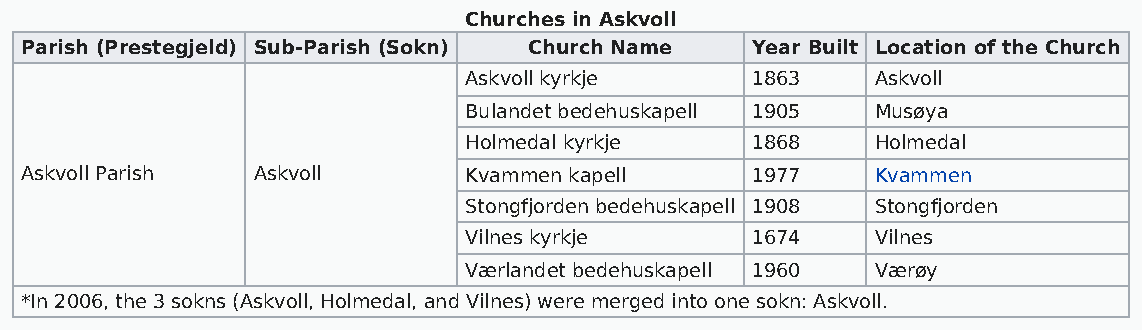
Churches in Askvoll
 Parish (Prestegjeld) Sub-Parish (Sokn) Church Name Year Built Location of the Church
 Askvoll kyrkje     1863    Askvoll
 Bulandet bedehuskapell 1905 Musøya
 Holmedal kyrkje    1868    Holmedal
 Askvoll Parish  Askvoll       Kvammen kapell     1977    Kvammen
 Stongfjorden bedehuskapell 1908 Stongfjorden
 Vilnes kyrkje      1674    Vilnes
 Værlandet bedehuskapell 1960 Værøy
 *In 2006, the 3 sokns (Askvoll, Holmedal, and Vilnes) were merged into one sokn: Askvoll.